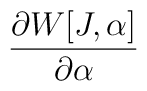
\frac{\partial W[J,\alpha ]}{\partial \alpha }